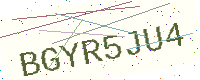
Text: BGYR5JU4